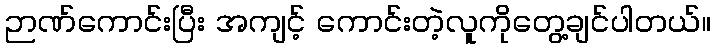
ဉာဏ်ကောင်းပြီး အကျင့် ကောင်းတဲ့လူကိုတွေ့ချင်ပါတယ်။